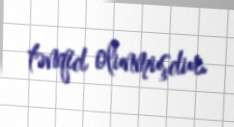
tənqid olunmuşdur.